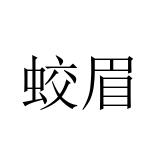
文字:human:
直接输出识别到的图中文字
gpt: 蛟眉